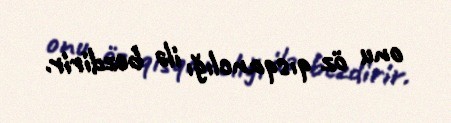
onu öz qısqanclığı ilə bezdirir.